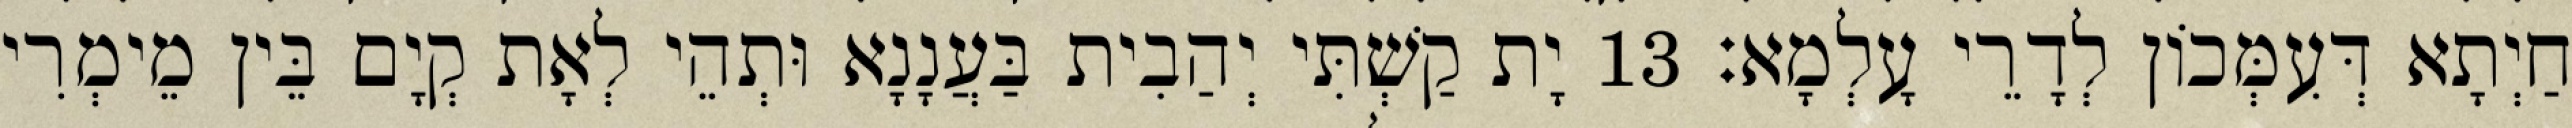
חַיְתָא דְּעִמְּכוֹן לְדָרֵי עָלְמָא׃ 13 יָת קַשְׁתִּי יְהַבִית בַּעֲנָנָא וּתְהֵי לְאָת קְיָם בֵּין מֵימְרִי